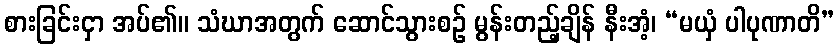
စားခြင်းငှာ အပ်၏။ သံဃာအတွက် ဆောင်သွားစဉ် မွန်းတည့်ချိန် နီးအံ့၊ “မယှံ ပါပုဏာတိ”